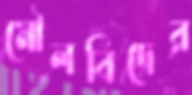
মৌলবিদের